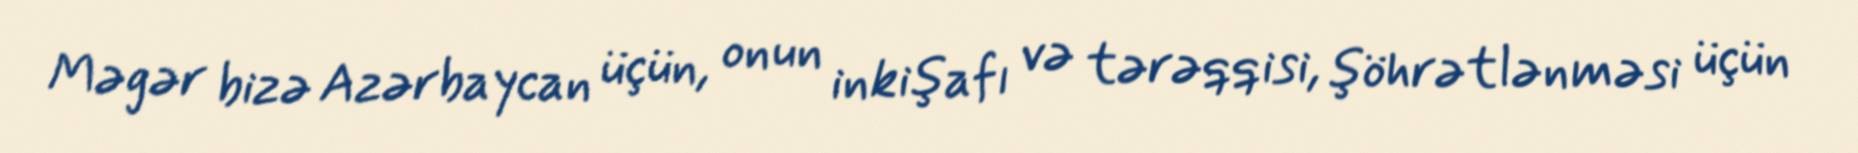
Məgər bizə Azərbaycan üçün, onun inkişafı və tərəqqisi, şöhrətlənməsi üçün